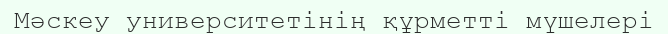
Мәскеу университетінің құрметті мүшелері